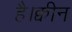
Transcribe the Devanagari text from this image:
है।क्वीन